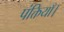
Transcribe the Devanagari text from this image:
पंक्तियाँ।